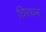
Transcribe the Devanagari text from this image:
चिरथन